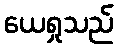
ယေရှုသည်